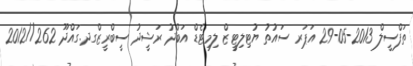
ތަފްސީލް 2013-05-29 އަޕަރ ސައުތު ޔުޓިލިޓީޒް ލިމިޓެޑް އަބްދު ރަޝީދު ސީބްރީޒްގދ.ގައްދޫ 262//2012